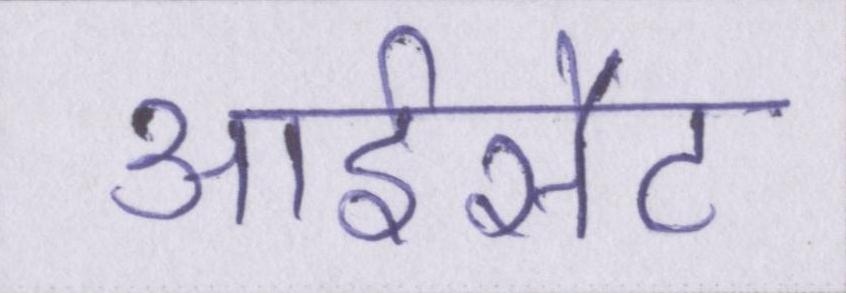
आईसैट